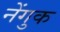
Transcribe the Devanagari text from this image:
नेंगुक